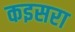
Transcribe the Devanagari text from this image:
कइसरा